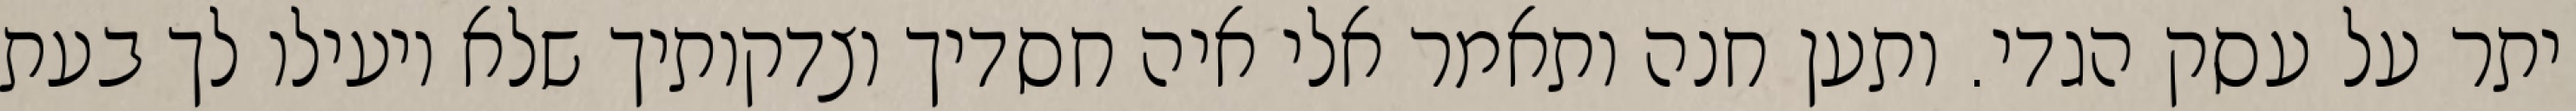
יתר על עסק הגדי. ותען חנה ותאמר אלי איה חסדיך וצדקותיך שלא יועילו לך בעת